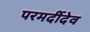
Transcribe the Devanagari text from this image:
परमर्दीदेव